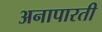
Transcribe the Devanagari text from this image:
अनापारती